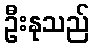
ဦးနုသည်